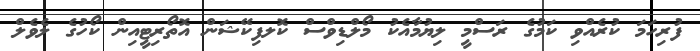
ފުރިހަމަ ކުރެއްވި ކަމުގެ ރަސްމީ ލިޔުމާއެކު މޯލްޑިވްސް ކޮލފިކޭޝަން އޮތޯރިޓީއިން ކޯހުގެ ލެވެލް